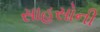
સાહસોની